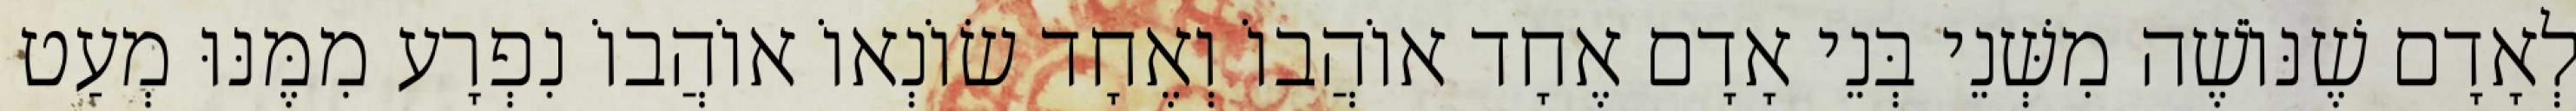
לְאָדָם שֶׁנּוֹשֶׁה מִשְּׁנֵי בְּנֵי אָדָם אֶחָד אוֹהֲבוֹ וְאֶחָד שׂוֹנְאוֹ אוֹהֲבוֹ נִפְרָע מִמֶּנּוּ מְעַט